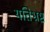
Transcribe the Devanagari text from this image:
यतिभ्रष्ट